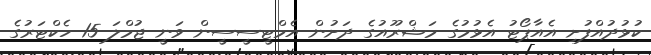
ކުޅުދުއްފުށި އެއާޕޯޓު އެޅުމުގެ މަޝްރޫއުގެ ދަށުން އެމްޓީސީސީން ވަނީ ޖުމްލަ 15 ހެކްޓަރުގެ